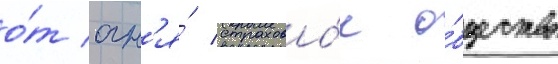
о́т огн'я́ страхово́е о́бщество